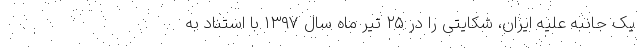
یک جانبه علیه ایران، شکایتی را در ۲۵ تیر ماه سال ۱۳۹۷ با استناد به